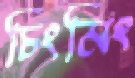
চিংমিং